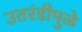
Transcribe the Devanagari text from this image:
उतरंडीमुळे